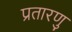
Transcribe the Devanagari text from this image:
प्रतारणु